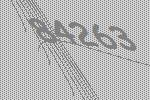
84263